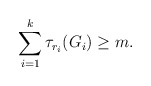
\begin{align*} \sum_{i=1}^k \tau_{r_i}(G_i)\ge m. \end{align*}